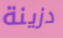
دزينة